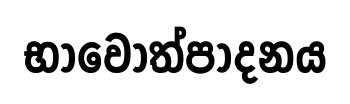
භාවෝත්පාදනය